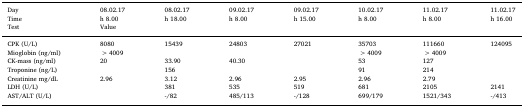
<table><thead><tr><td><b>Day</b></td><td><b>08.02.17</b></td><td><b>08.02.17</b></td><td><b>09.02.17</b></td><td><b>09.02.17</b></td><td><b>10.02.17</b></td><td><b>11.02.17</b></td><td><b>11.02.17</b></td></tr><tr><td><b>Time</b></td><td><b>h 8.00</b></td><td><b>h 18.00</b></td><td><b>h 8.00</b></td><td><b>h 15.00</b></td><td><b>h 8.00</b></td><td><b>h 8.00</b></td><td><b>h 16.00</b></td></tr><tr><td><b>Test</b></td><td colspan="7"><b>Value</b></td></tr></thead><tbody><tr><td>CPK (U/L)</td><td>8080</td><td>15439</td><td>24803</td><td>27021</td><td>35703</td><td>111660</td><td>124095</td></tr><tr><td>Mioglobin (ng/ml)</td><td>&gt;4009</td><td></td><td></td><td></td><td>&gt;4009</td><td>&gt;4009</td><td></td></tr><tr><td>CK-mass (ng/ml)</td><td>20</td><td>33.90</td><td>40.30</td><td></td><td>53</td><td>127</td><td></td></tr><tr><td>Troponine (ng/L)</td><td></td><td>156</td><td></td><td></td><td>91</td><td>214</td><td></td></tr><tr><td>Creatinine mg/dL</td><td>2.96</td><td>3.12</td><td>2.96</td><td>2.95</td><td>2.96</td><td>2.79</td><td></td></tr><tr><td>LDH (U/L)</td><td></td><td>381</td><td>535</td><td>519</td><td>681</td><td>2105</td><td>2141</td></tr><tr><td>AST/ALT (U/L)</td><td></td><td>-/82</td><td>485/113</td><td>-/128</td><td>699/179</td><td>1521/343</td><td>-/413</td></tr></tbody></table>